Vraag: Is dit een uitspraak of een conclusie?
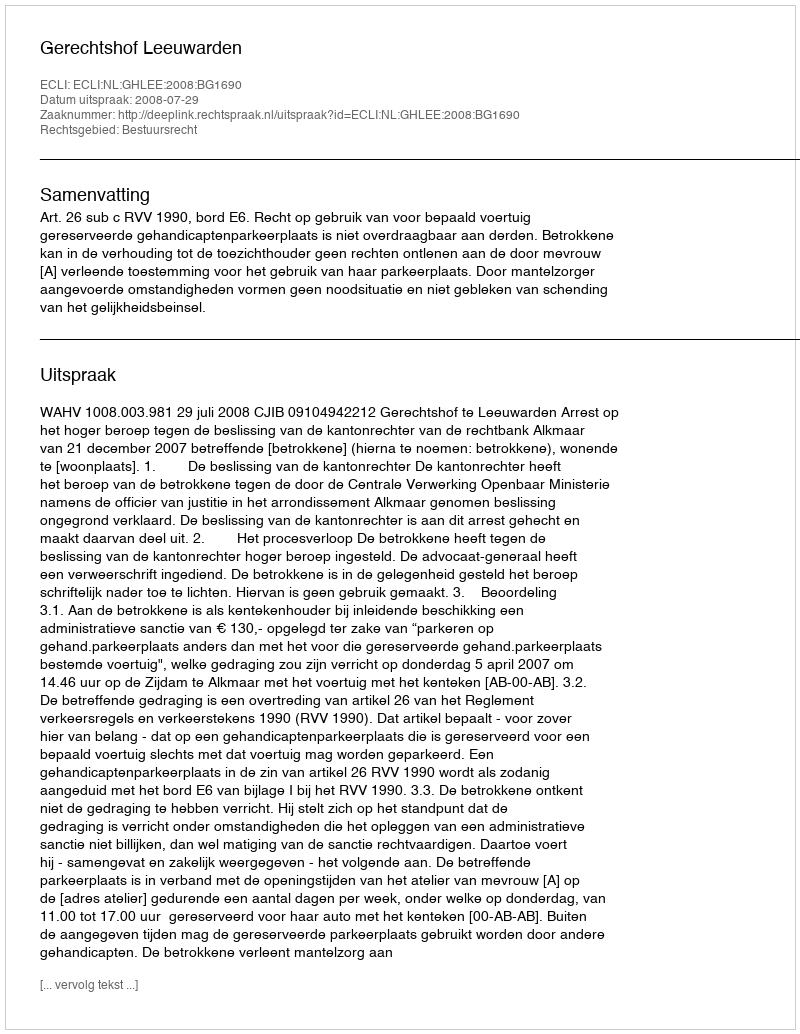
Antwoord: Uitspraak